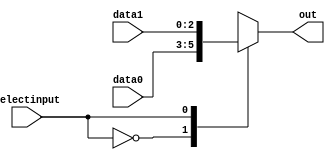
module mux3x1(data0,data1,selectinput,out);
input [2:0] data0,data1;
input selectinput;
output reg [2:0] out;
always @(*)
begin
case (selectinput)
0:
	out = data0;
1:
	out = data1;
default:
	out = data0;
endcase
end
endmodule